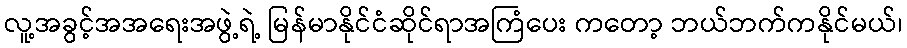
လူ့အခွင့်အအရေးအဖွဲ့ရဲ့ မြန်မာနိုင်ငံဆိုင်ရာအကြံပေး ကတော့ ဘယ်ဘက်ကနိုင်မယ်၊